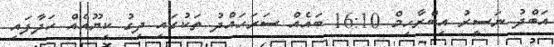
އަބްދު ނަސީރު އިބްރާހިމް 16:10 ބައެއް ސަރަހައްދު ތަކުގައި ދިގު ކިޔޫއެއް ހަދާފައި